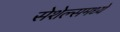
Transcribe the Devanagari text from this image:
सेशेल्समध्ये